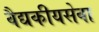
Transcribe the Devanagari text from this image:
वैद्यकीयसेवा